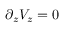
\partial _ { z } V _ { z } = 0